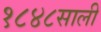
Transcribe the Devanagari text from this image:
१८४८साली